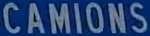
CAMIONS